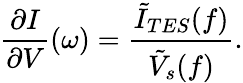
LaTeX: \frac{\partial I}{\partial V}(\omega)=\frac{\tilde{I}_{TES}(f)}{\tilde{V}_{s}(f)}.